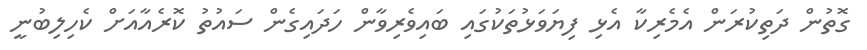
ގޮތުން ދަތިކުރަން އެމެރިކާ އެޅި ފިޔަވަޅުތަކުގައި ބައިވެރިވާން ހަދައިގެން ސައުތު ކޮރެއާއަށް ކެހިލިބުނީ